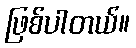
ဖြစ်ပါတယ်။